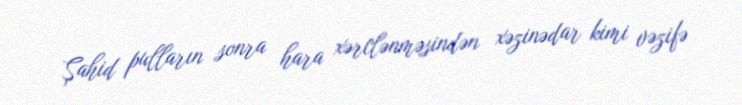
Şahid pulların sonra hara xərclənməsindən xəzinədar kimi vəzifə